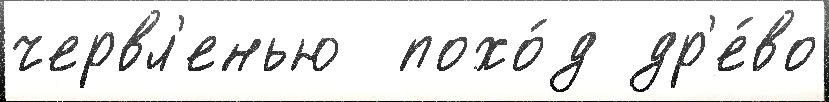
червл'енью  похо́д др'е́во